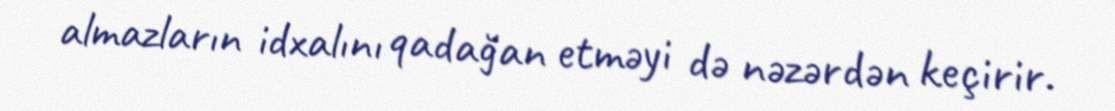
almazların idxalını qadağan etməyi də nəzərdən keçirir.